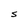
Character: S